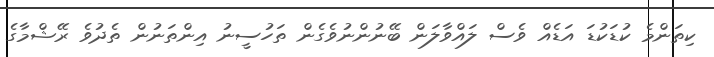
ކިތަންމެ ކުޑަކުޑަ އަޑެއް ވެސް ލައްވާލަން ބޭނުންނުވެގެން ތަހުސީނު އިންތަނުން ތެދުވެ ރޭޝްމާގެ